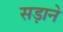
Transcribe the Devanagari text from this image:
सड़ाने